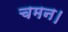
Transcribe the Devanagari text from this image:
चमन।